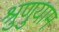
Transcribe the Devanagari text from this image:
श्रुणुयाम